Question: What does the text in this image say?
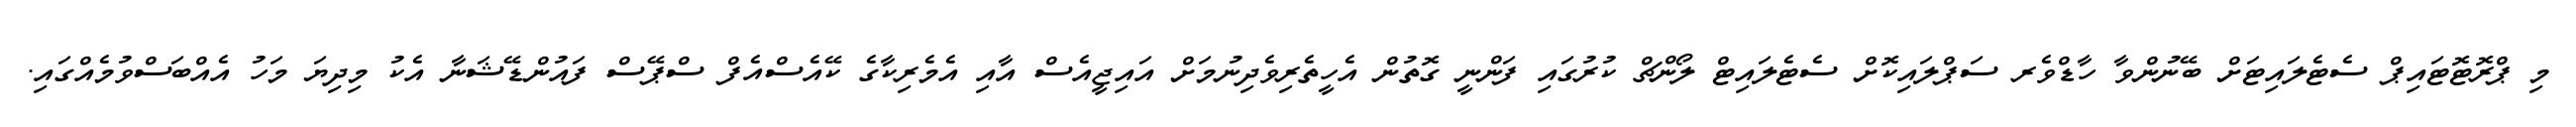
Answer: މި ޕްރޮޓޮޓައިޕް ސެޓެލައިޓަށް ބޭނުންވާ ހާޑްވެރ ސަޕްލައިކޮށް ސެޓެލައިޓް ލޯންޗް ކުރުގައި ފަންނީ ގޮތުން އެހީތެރިވެދިނުމަށް އައިޖީއެސް އާއި އެމެރިކާގެ ކޭއެސްއެފް ސްޕޭސް ފައުންޑޭޝަނާ އެކު މިދިޔަ މަހު އެއްބަސްވުމެއްގައި.